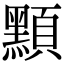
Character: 𪑸